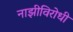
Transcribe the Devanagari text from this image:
नाझीविरोधी